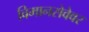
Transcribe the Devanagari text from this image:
विमानसेवेवर